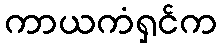
ကာယကံရှင်က